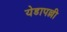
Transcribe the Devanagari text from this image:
येडापल्ली